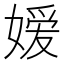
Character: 嫒